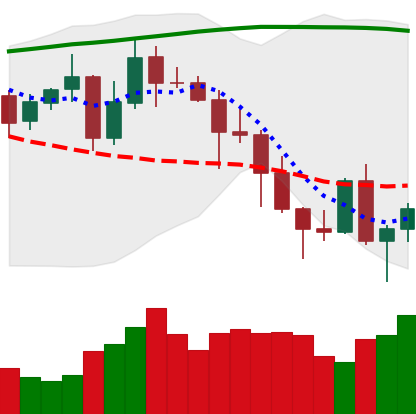
Ticker: ADA-USD
Chart end date: 2020-11-04
Forward return: 10.439%
Label: up_7plus